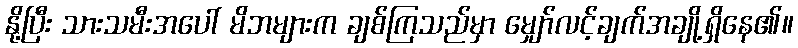
နို့ပြီး သားသမီးအပေါ် မိဘများက ချစ်ကြသည်မှာ မျှော်လင့်ချက်အချို့ရှိနေ၏။